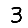
Digit: 3